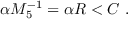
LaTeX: \alpha M _ { 5 } ^ { - 1 } = \alpha R < C \ .